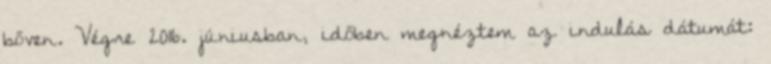
bőven. Végre 2016. júniusban, időben megnéztem az indulás dátumát: